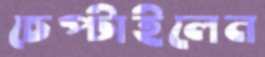
চেপ্‌টাইলেন